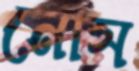
নোস